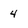
Character: 4